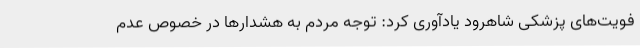
فویت‌های پزشکی شاهرود یادآوری کرد: توجه مردم به هشدارها در خصوص عدم